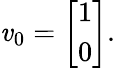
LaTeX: \mathit{v}_{0}={\left[\begin{array}{l}{1}\\ {0}\end{array}\right]}.